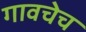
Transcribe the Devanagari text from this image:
गावचेच